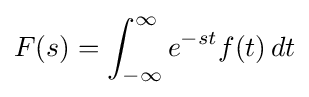
F(s)=\int _{-\infty }^{\infty }e^{-st}f(t)\,dt